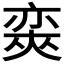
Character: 𡙩